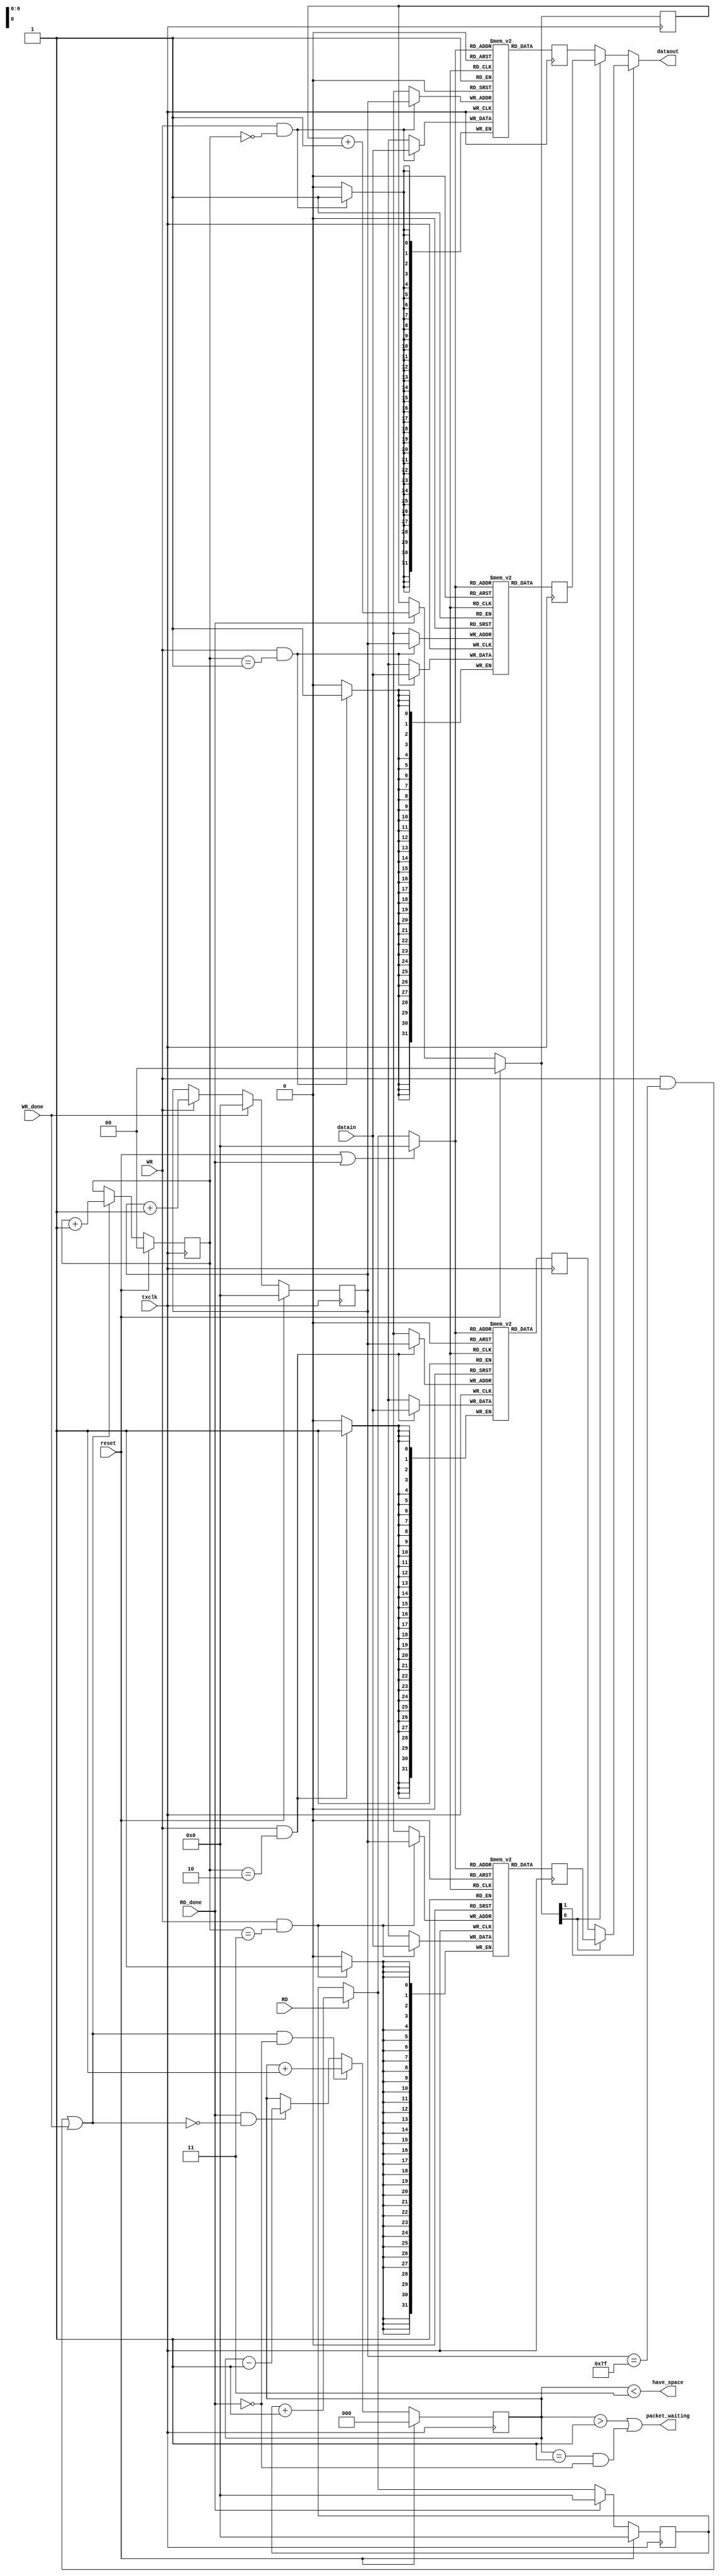
module channel_ram 
   ( 
     input txclk, input reset,
     input [31:0] datain, input WR, input WR_done, output have_space,
     output [31:0] dataout, input RD, input RD_done, output packet_waiting);
   reg [6:0] wr_addr, rd_addr;
   reg [1:0] which_ram_wr, which_ram_rd;
   reg [2:0] nb_packets;
   reg [31:0] ram0 [0:127];
   reg [31:0] ram1 [0:127];
   reg [31:0] ram2 [0:127];
   reg [31:0] ram3 [0:127];
   reg [31:0] dataout0;
   reg [31:0] dataout1;
   reg [31:0] dataout2;
   reg [31:0] dataout3;
   wire wr_done_int;
   wire rd_done_int;
   wire [6:0] rd_addr_final;
   wire [1:0] which_ram_rd_final;
   always @(posedge txclk)
       if(WR & (which_ram_wr == 2'd0)) ram0[wr_addr] <= datain;
   always @(posedge txclk)
       if(WR & (which_ram_wr == 2'd1)) ram1[wr_addr] <= datain;
   always @(posedge txclk)
       if(WR & (which_ram_wr == 2'd2)) ram2[wr_addr] <= datain;
   always @(posedge txclk)
       if(WR & (which_ram_wr == 2'd3)) ram3[wr_addr] <= datain;
   assign wr_done_int = ((WR && (wr_addr == 7'd127)) || WR_done);
   always @(posedge txclk)
       if(reset)
           wr_addr <= 0;
       else if (WR_done)
           wr_addr <= 0;
       else if (WR) 
           wr_addr <= wr_addr + 7'd1;
   always @(posedge txclk)
      if(reset)
          which_ram_wr <= 0;
      else if (wr_done_int) 
          which_ram_wr <= which_ram_wr + 2'd1;
   assign have_space = (nb_packets < 3'd3);
   always @(posedge txclk)  dataout0 <= ram0[rd_addr_final];
   always @(posedge txclk)  dataout1 <= ram1[rd_addr_final];
   always @(posedge txclk)  dataout2 <= ram2[rd_addr_final];
   always @(posedge txclk)  dataout3 <= ram3[rd_addr_final];
   assign dataout = (which_ram_rd_final[1]) ? 
                    (which_ram_rd_final[0] ? dataout3 : dataout2) :
                    (which_ram_rd_final[0] ? dataout1 : dataout0);
   assign rd_done_int = RD_done;   
   always @(posedge txclk)
       if (reset)
           rd_addr <= 0;
       else if (RD_done)
           rd_addr <= 0;
       else if (RD) 
           rd_addr <= rd_addr + 7'd1;
   assign rd_addr_final = (reset|RD_done) ? (6'd0) : 
	                  ((RD)?(rd_addr+7'd1):rd_addr); 
   always @(posedge txclk)
       if (reset)
           which_ram_rd <= 0;
       else if (rd_done_int)
           which_ram_rd <= which_ram_rd + 2'd1;
   assign which_ram_rd_final = (reset) ? (2'd0):
	                       ((rd_done_int) ? (which_ram_rd + 2'd1) : which_ram_rd);
   assign packet_waiting = (nb_packets > 1) | ((nb_packets == 1)&(~rd_done_int));
   always @(posedge txclk)
       if (reset)
           nb_packets <= 0;
       else if (wr_done_int & ~rd_done_int)
           nb_packets <= nb_packets + 3'd1;
       else if (rd_done_int & ~wr_done_int)
           nb_packets <= nb_packets - 3'd1;
endmodule